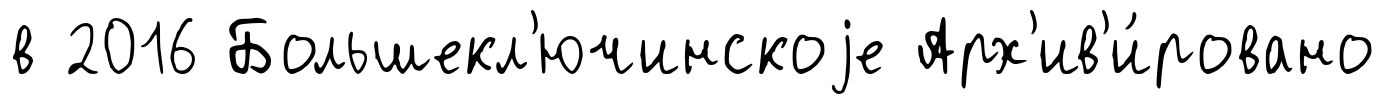
в 2016 Большекл'ючинскоjе Арх'ив'и́ровано